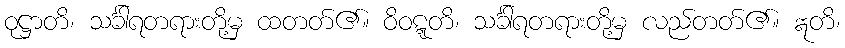
ဝုဋ္ဌာတိ၊ သင်္ခါရတရားတို့မှ ထတတ်၏။ ဝိဝဋ္ဋတိ၊ သင်္ခါရတရားတို့မှ လည်တတ်၏။ ဣတိ၊